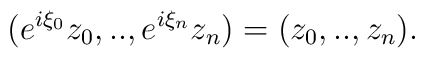
(e^{i\xi_{0}} z_{0},..,e^{i\xi_{n}} z_{n}) = (z_{0},..,z_{n}).